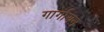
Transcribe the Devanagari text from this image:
गार्गायन